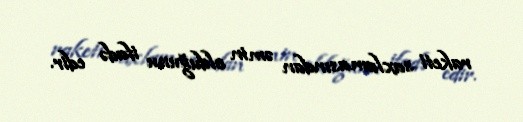
raketi saxlamasından əmin olduğunu ifadə edir.